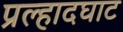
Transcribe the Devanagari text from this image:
प्रल्हादघाट